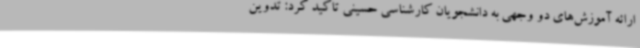
ارائه آموزش‌های دو وجهی به دانشجویان کارشناسی حسینی تاکید کرد: تدوین